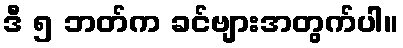
ဒီ ၅ ဘတ်က ခင်ဗျားအတွက်ပါ။